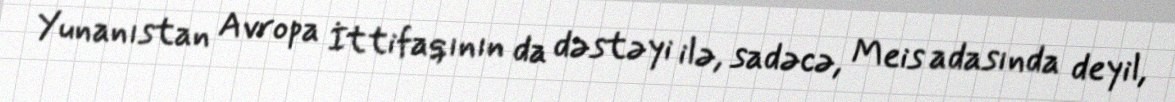
Yunanıstan Avropa İttifaqının da dəstəyi ilə, sadəcə, Meis adasında deyil,